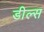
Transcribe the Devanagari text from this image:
डील्स